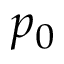
p _ { 0 }